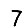
Digit: 7